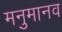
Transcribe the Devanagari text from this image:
मनुमानव